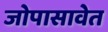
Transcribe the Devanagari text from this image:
जोपासावेत